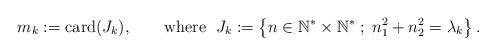
LaTeX: \begin{align*}m_{k} :={\rm card}(J_{k}), \qquad\mbox{where }\; J_{k} := \left\{n \in {\Bbb N}^*\times {\Bbb N}^* \; ; \; n_{1}^2 + n_{2}^2 = \lambda_{k}\right\}.\end{align*}